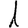
Digit: 1